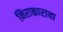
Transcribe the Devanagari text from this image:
निराकाराचा